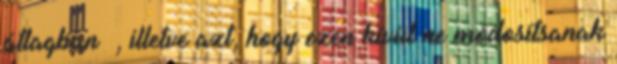
átlagban –, illetve azt, hogy ezen kívül ne módosítsanak